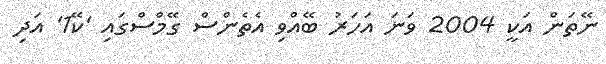
ނޭތަން އަކީ 2004 ވަނަ އަހަރު ބޭއްވި އެތެންސް ގޭމްސްގައި 'ކޭ1' އަދި